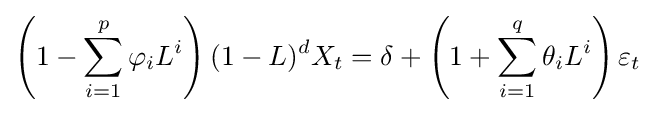
\left(1-\sum _{i=1}^{p}\varphi _{i}L^{i}\right)(1-L)^{d}X_{t}=\delta +\left(1+\sum _{i=1}^{q}\theta _{i}L^{i}\right)\varepsilon _{t}